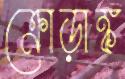
ক্রোড়াঙ্ক